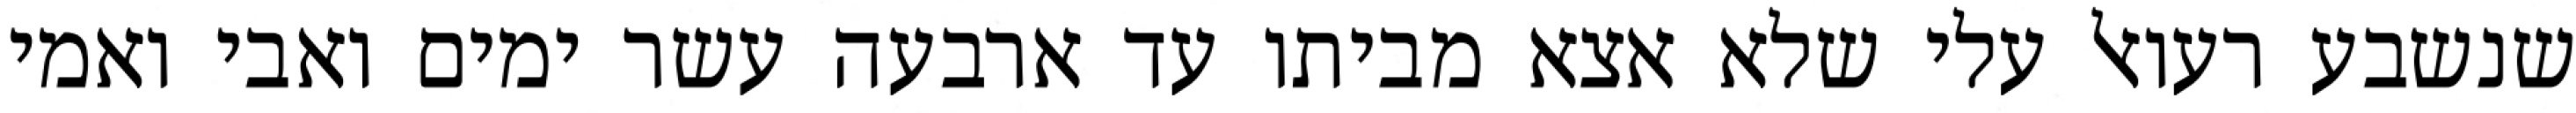
שנשבע רעואל עלי שלא אצא מביתו עד ארבעה עשר ימים ואבי ואמי